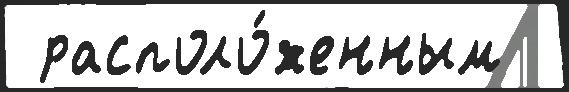
 располо́женным